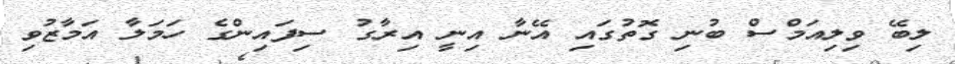
ލިބޭ ވިލިއަމްސް ބުނި ގޮތުގައި އޭނާ އިނީ އިރާގު ސިފައިންގެ ހަމަލާ އަމާޒުވި